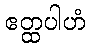
ဧတ္ထပါဟံ